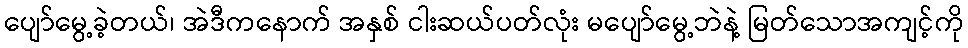
ပျော်မွေ့ခဲ့တယ်၊ အဲဒီကနောက် အနှစ် ငါးဆယ်ပတ်လုံး မပျော်မွေ့ဘဲနဲ့ မြတ်သောအကျင့်ကို